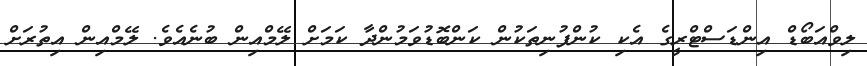
ލިވްއަބޯޑް އިންޑަސްޓްރީގެ އެކި ކުންފުނިތަކުން ކަންބޮޑުވަމުންދާ ކަމަށް ލޭމްއިން ބުނެއެވެ. ލޭމްއިން އިތުރަށް